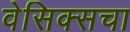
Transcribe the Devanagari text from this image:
वेसिक्सचा